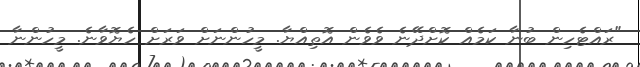
"ރައްޓެހިން ބުނާ ކަމެއް ކޮށްދޭނެ ވެވެން އޮތިއްޔާ. މީހުންނަށް ވަރަށް ހެޔޮވާނެ. މީހުންނާ